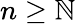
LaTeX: n\geq\mathbb{N}